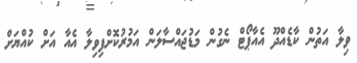
ވިލާ އަތުން ކާޑެއްދޫ އެއާޕޯޓް ނެގުން މަޑުޖައްސާލަން އަމުރުކޮށްފިވިލާ އެއާ އަށް ކުއްޔަށް